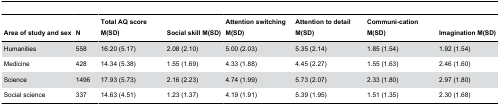
<table><thead><tr><td><b>Area of study and sex</b></td><td><b>N</b></td><td><b>Total AQ score M(SD)</b></td><td><b>Social skill M(SD)</b></td><td><b>Attention switching M(SD)</b></td><td><b>Attention to detail M(SD)</b></td><td><b>Communi-cation M(SD)</b></td><td><b>Imagination M(SD)</b></td></tr></thead><tbody><tr><td>Humanities</td><td>558</td><td>16.20 (5.17)</td><td>2.08 (2.10)</td><td>5.00 (2.03)</td><td>5.35 (2.14)</td><td>1.85 (1.54)</td><td>1.92 (1.54)</td></tr><tr><td>Medicine</td><td>428</td><td>14.34 (5.38)</td><td>1.55 (1.69)</td><td>4.33 (1.88)</td><td>4.45 (2.27)</td><td>1.55 (1.63)</td><td>2.46 (1.60)</td></tr><tr><td>Science</td><td>1496</td><td>17.93 (5.73)</td><td>2.16 (2.23)</td><td>4.74 (1.99)</td><td>5.73 (2.07)</td><td>2.33 (1.80)</td><td>2.97 (1.80)</td></tr><tr><td>Social science</td><td>337</td><td>14.63 (4.51)</td><td>1.23 (1.37)</td><td>4.19 (1.91)</td><td>5.39 (1.95)</td><td>1.51 (1.35)</td><td>2.30 (1.68)</td></tr></tbody></table>